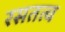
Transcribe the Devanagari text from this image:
रसतत्व